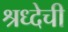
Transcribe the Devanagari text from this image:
श्रध्देची